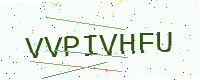
Text: VVPIVHFU